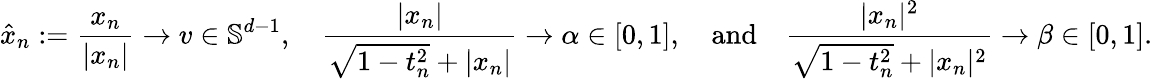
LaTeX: \hat{x}_{n}:=\frac{x_{n}}{\lvert x_{n}\rvert}\to v\in\mathbb{S}^{d-1},\quad\frac{\lvert x_{n}\rvert}{\sqrt{1-t_{n}^{2}}+\lvert x_{n}\rvert}\to\alpha\in[0,1],\quad\mathrm{and}\quad\frac{\lvert x_{n}\rvert^{2}}{\sqrt{1-t_{n}^{2}}+\lvert x_{n}\rvert^{2}}\to\beta\in[0,1].